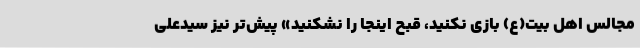
مجالس اهل بیت(ع) بازی نکنید، قبح اینجا را نشکنید» پیش‌تر نیز سیدعلی